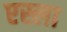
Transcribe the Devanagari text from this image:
एस्ला